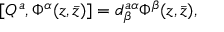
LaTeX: [ Q ^ { a } , \Phi ^ { \alpha } ( z , \bar { z } ) ] = d _ { \beta } ^ { a \alpha } \Phi ^ { \beta } ( z , \bar { z } ) ,